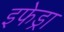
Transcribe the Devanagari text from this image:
इफेड्रा